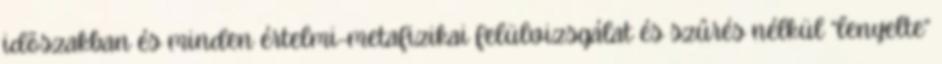
idõszakban és minden értelmi-metafizikai felülvizsgálat és szûrés nélkül “lenyelte”